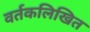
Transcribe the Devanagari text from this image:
वर्तकलिखित